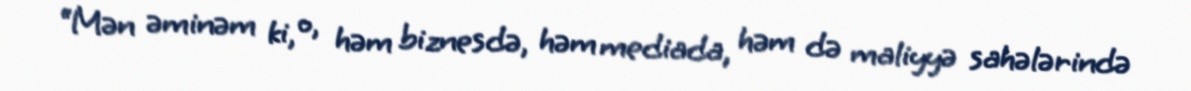
“Mən əminəm ki, o, həm biznesdə, həm mediada, həm də maliyyə sahələrində